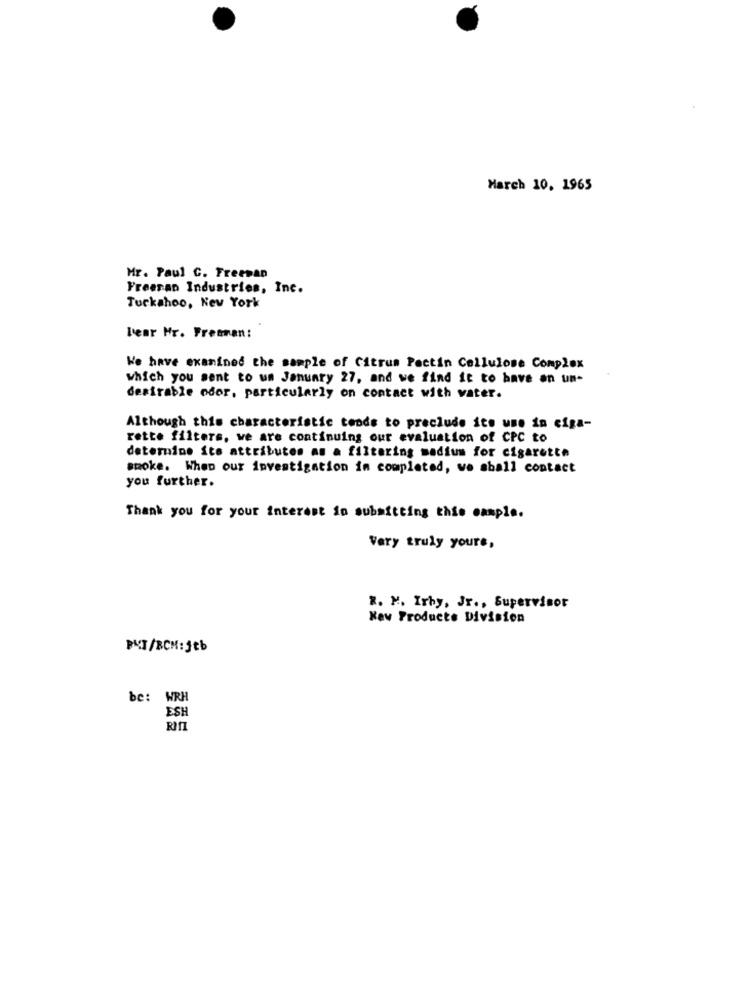
March 10, 1965
Mr. Paul C. Freeman
Freeran Industries, Inc.
Tuckshoo, New York
lear Hr. Freeman:
We have examined the sample of Citrus Pectin Cellulose Complex
which you sent to us January 27, and we find it to have on un-
desirable odor, particularly on contact with vater.
Although this characteristic tends to preclude its use in ciga-
rette filters, we are continuing our evaluation of CPC to
determine its attributes as a filtering medium for cigarette
smoke. When our investigation in completed, we shall contact
you further.
Thank you for your interest in submitting this cample.
Very truly yours,
R. M. Irby, Jr ., Supervisor
New Products Division
PKT/BCH: jeb
be: WRH
ESH
RITI